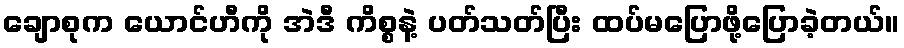
ချောစုက ယောင်ဟီကို အဲဒီ ကိစ္စနဲ့ ပတ်သတ်ပြီး ထပ်မပြောဖို့ပြောခဲ့တယ်။